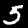
Label: 5